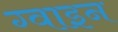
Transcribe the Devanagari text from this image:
ग्वाइन